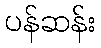
ပန်ဆန်း